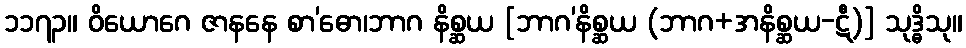
၁၁၇၃။ ဝိယောဂေ ဇာနနေ စာ’ဓော၊ဘာဂ နိစ္ဆယ [ဘာဂ’နိစ္ဆယ (ဘာဂ+အနိစ္ဆယ-ဋီ)] သုဒ္ဓိသု။